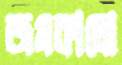
জমকালো